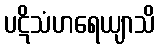
ပဋိသံဟရေယျာသိ